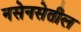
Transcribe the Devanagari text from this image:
नसेनसेतील